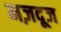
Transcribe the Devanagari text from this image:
मज़दूज